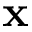
{ \bf x }